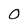
Character: O